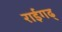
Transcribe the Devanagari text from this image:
राईगढ्